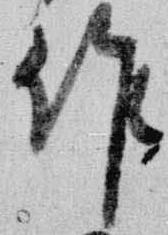
作